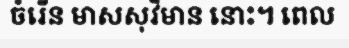
ចំរើន មាសសុវិមាន នោះ។ ពេល